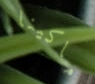
ماكينا